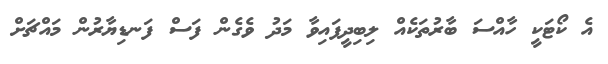
އެ ކޯޓަކީ ހާއްސަ ބާރުތަކެއް ލިބިދީފައިވާ މަދު ވެގެން ފަސް ފަނޑިޔާރުން މައްޗަށް